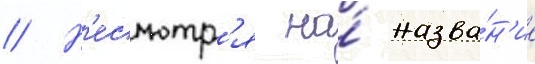
// Н'есмотр'я на́ назва́н'ие